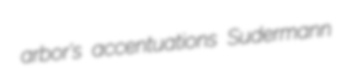
arbor's accentuations Sudermann